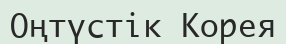
Оңтүстік Корея